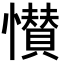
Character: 𭟎